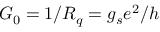
G _ { 0 } = 1 / R _ { q } = g _ { s } e ^ { 2 } / h